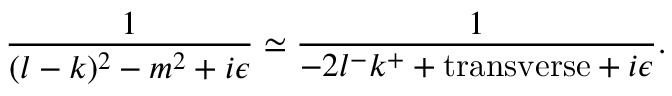
\frac { 1 } { ( l - k ) ^ { 2 } - m ^ { 2 } + i \epsilon } \simeq \frac { 1 } { - 2 l ^ { - } k ^ { + } + \mathrm { t r a n s v e r s e } + i \epsilon } .